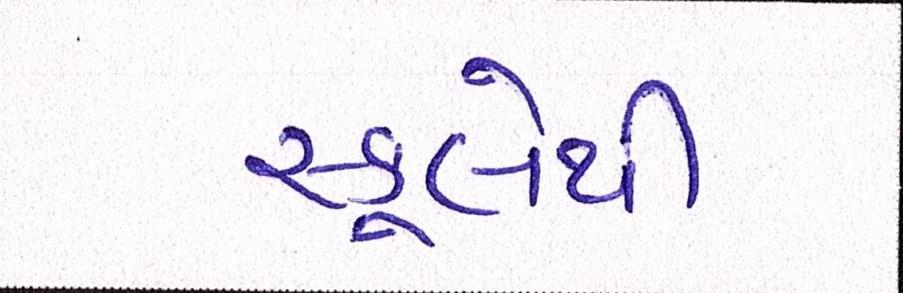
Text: સ્કૂલેથી